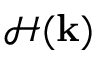
\mathcal { H } ( \mathbf { k } )